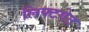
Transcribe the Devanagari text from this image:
लिफ्टगेट